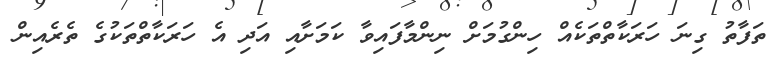
ތަފާތު ގިނަ ހަރަކާތްތަކެއް ހިންގުމަށް ނިންމާފައިވާ ކަމަށާއި އަދި އެ ހަރަކާތްތަކުގެ ތެރެއިން